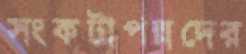
সংকটাপন্নদের